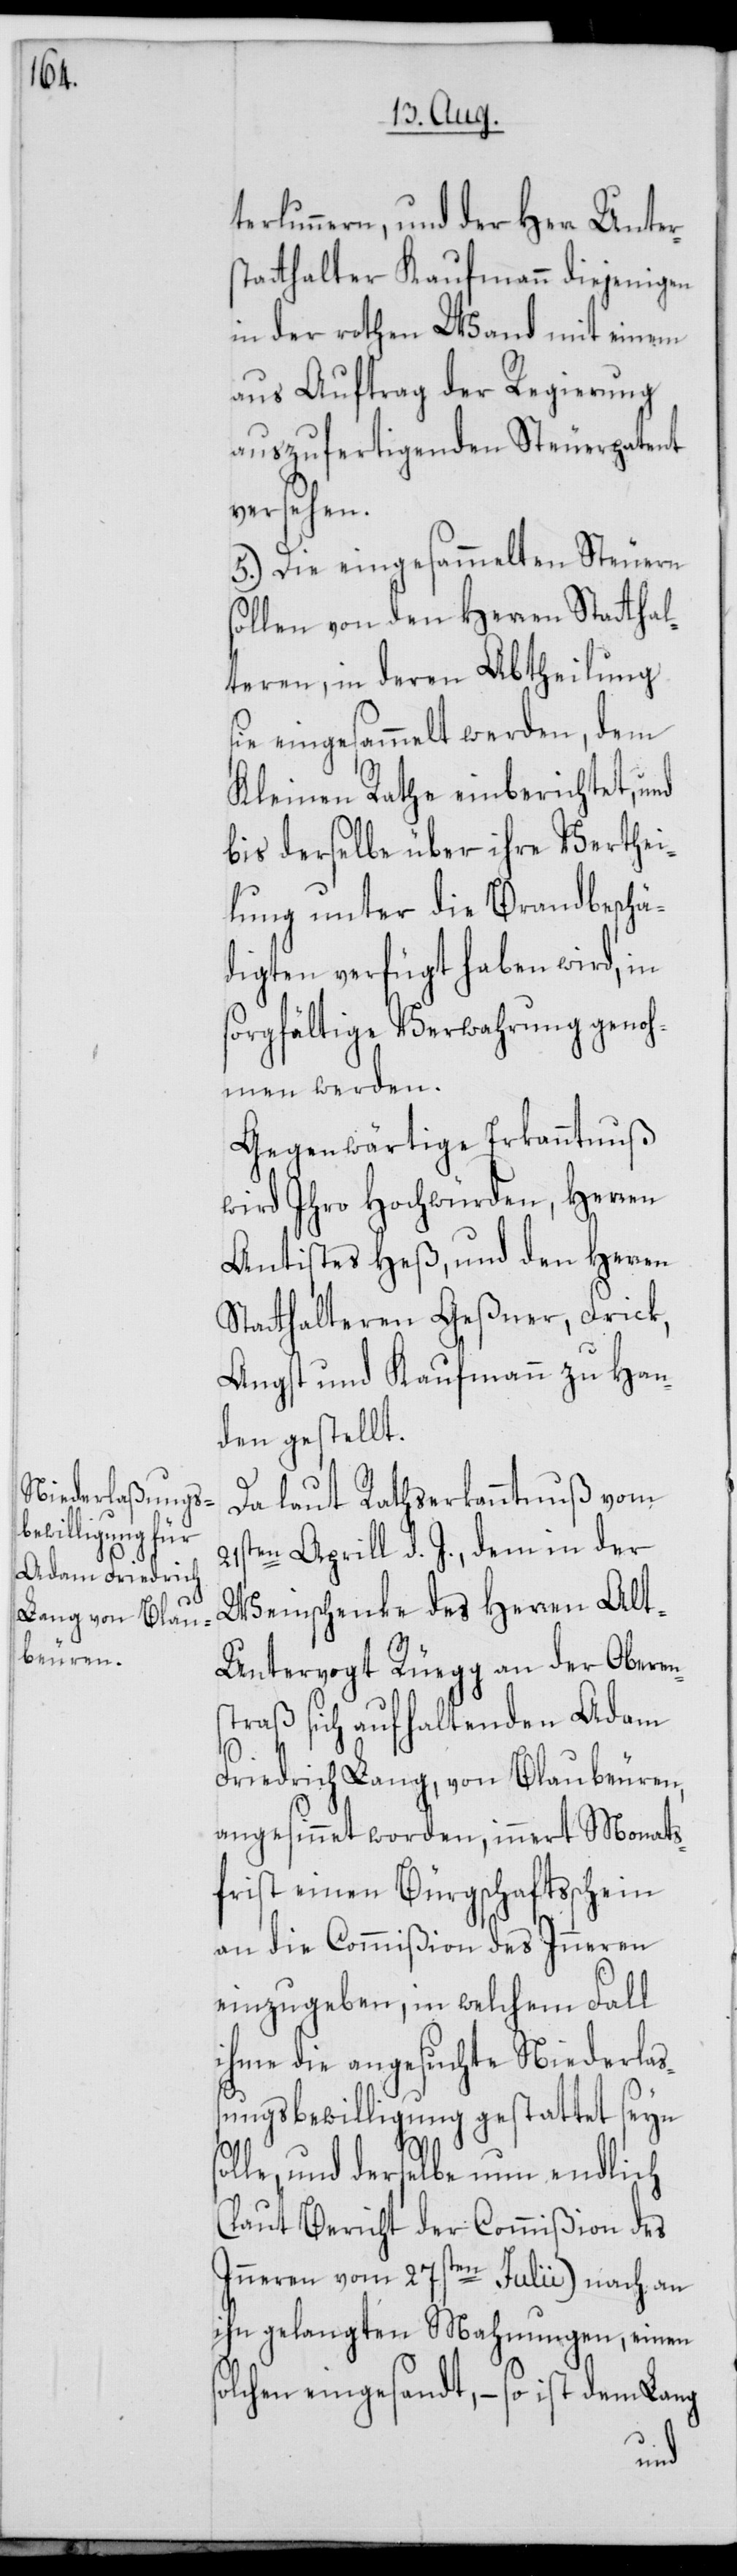
sol¬

terlunnern, und der Herr Unters¬
tatthalter Kaufmann diejenigen
in der rothen Wand mit einem
aus Auftrag der Regierung
auszufertigenden Steuerpatent
versehen.
5.) Die eingesammelten Steuern
sollen von den Herren Statthal¬
teren, in deren Abtheilung
sie eingesammelt werden, dem
Kleinen Rathe einberichtet, und
bis derselbe über ihre Verthei¬
lung unter die Brandbeschä¬
digten verfügt haben wird, in
sorgfältige Verwahrung genoh¬
men werden.
Gegenwärtige Erkanntnuß
wird Ihro Hochwürden, Herren
Antistes Heß, und den Herren
Statthalteren Geßner, Frick,
Angst und Kaufmann zu Han¬
den gestellt.
Da laut Rathserkanntnuß vom
21sten Aprill d. J., dem in der
Weinschenke des Herren Alt-U¬
ntervogt Rüegg an der Oberen¬
straß sich aufhaltenden Adam
Friedrich Lang, von Blaubeuren,
angesinnet worden, innert Monats¬
frist einen Bürgschaftsschein
an die Commißion des Inneren
einzugeben, in welchem Fall
ihme die angesuchte Niederlaß¬
ungsbewilligung gestattet seyn
le, und derselbe nun endlich
(laut Bericht der Commißion des
Inneren vom 27sten Julii) nach an
ihn gelangten Mahnungen, einen
solchen eingesandt, – so ist dem Lang